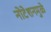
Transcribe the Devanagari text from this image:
नोटेशनमुळे